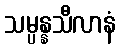
သမ္ပန္နသီလာနံ